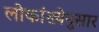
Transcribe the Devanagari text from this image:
लोकांख्येनुसार